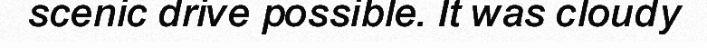
scenic drive possible. It was cloudy